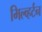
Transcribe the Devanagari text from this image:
मिल्व्हर्टन